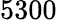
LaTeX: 5300